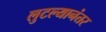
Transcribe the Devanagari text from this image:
लुटल्यानंतर